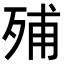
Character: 𣨈